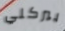
بيركلي